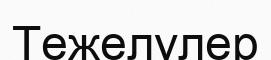
Тежелулер